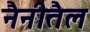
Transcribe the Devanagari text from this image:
नैनीतैल